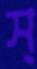
স্